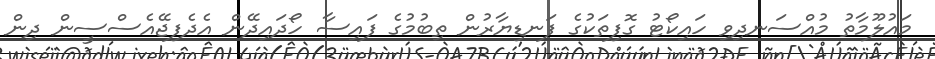
މައުލޫމާތު މުއްސަނދިވި ހައިކޯޓު ގޮފިތަކުގެ ފަނޑިޔާރުން ތިބުމުގެ ފައިސާ ހޯދައިދޭން އެދެފިޖޭއެސްސީން ދިން